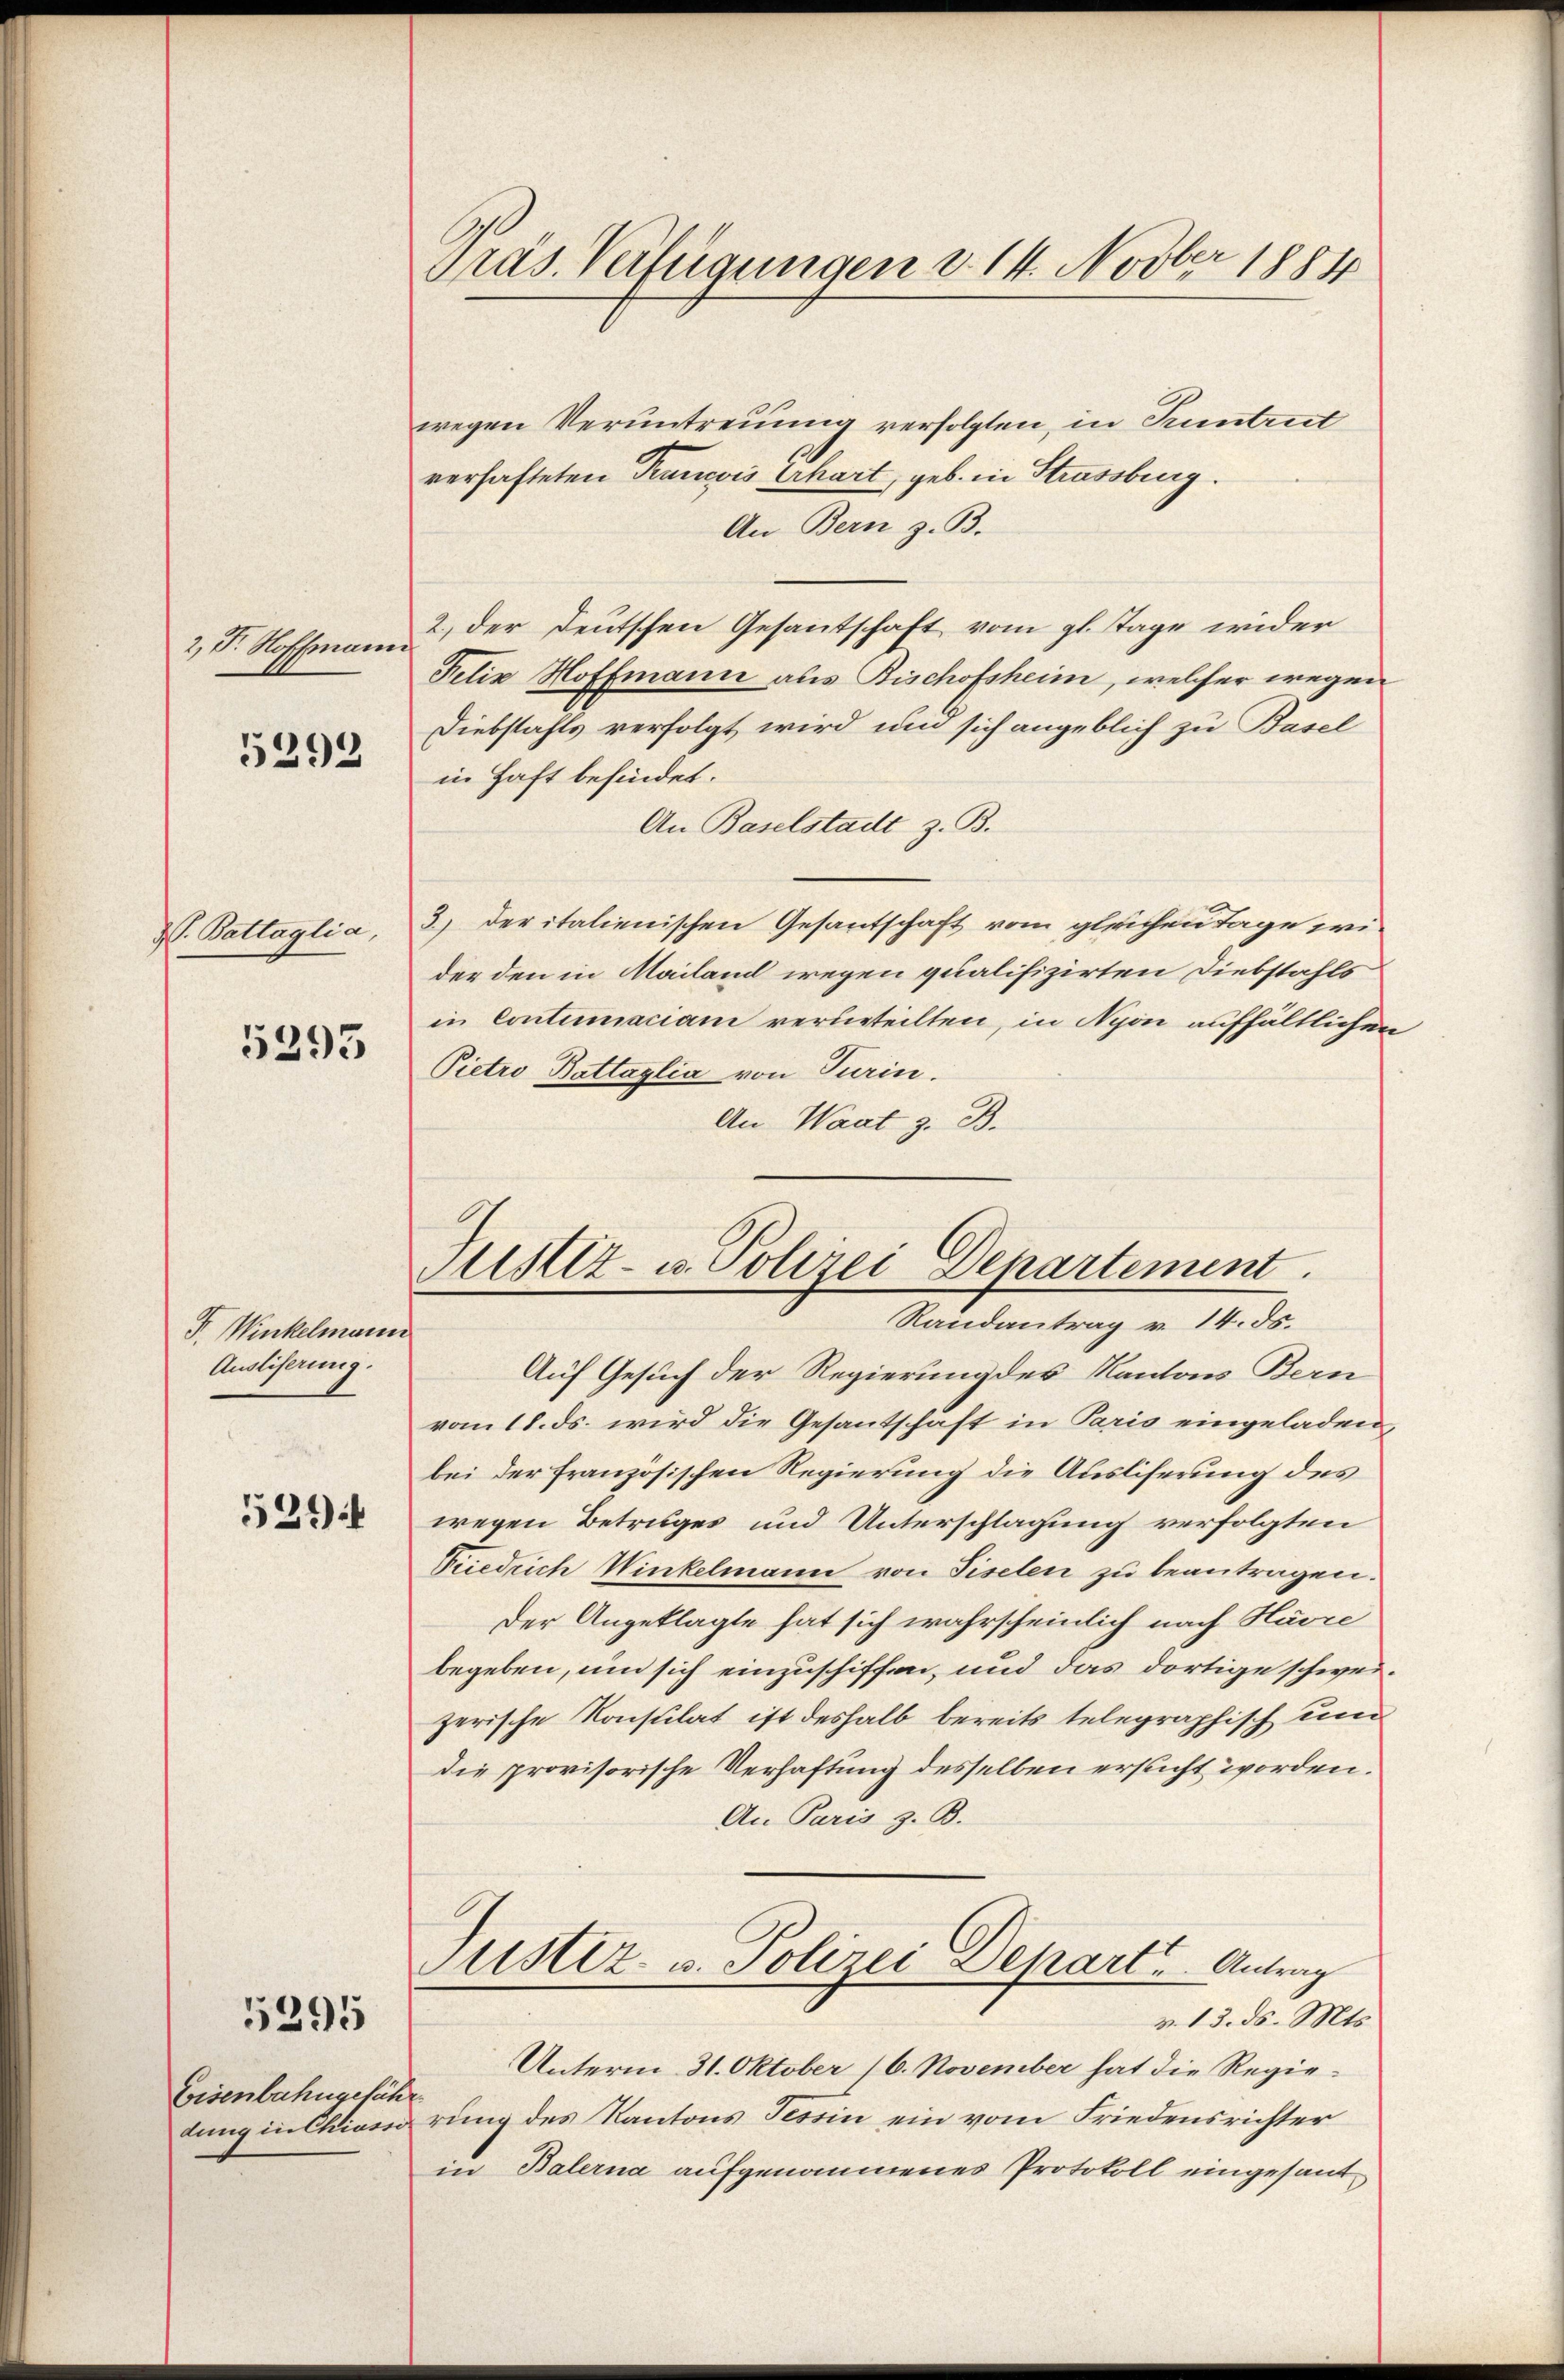
2, Dr. Hoffmann

5293

V. Battaglia,

5295

F. Winkelmann
Ausliserung.

529.

5295

Eisenbahngesich
dung in Chiasse

Gräs. Verfügungen d. 14. Novber 1884

Justiz- u. Polizei Departement
Randantrag v. 14. ds.

wegen Veruntreuung verfolgten, in Truntrut
verhafteten Krancois Erhart, geb. in Strassburg.
An Bern z. B.
2.) der Deutschen Gesantschaft vom gl. Tage wider
Felix Hoffmann aus Bischofsheim, welcher wegen
Diebstahls verfolgt wird und sich angeblich zu Basel
in Haft befindet.
An Baselstadt z. B.
3) Der italienischen Gesantschaft vom gleichen Tage prider den in Mailand wegen qualifizirten Diebstahls
in Contumaciam verurteilten, in Nyon aufhältlichen
Pietro Battaglia von Turin.
An Waat z. B.

Auf Gesuch der Regierung des Kantons Bern
vom 18. ds. wird die Gesantschaft in Paris eingeladen,
bei der französischen Regierung die Ausliserung des
wegen Betruges und Unterschlagung verfolgten
Friedrich Winkelmann von Tiselen zu beantragen.
Der Angeklagte hat sich wahrscheinlich nach Havre
begeben, um sich einzuschiffen, und das dortige schweizerische Konsulat ist deshalb bereits telegraphisch und
die provisorische Verhaftung desselben ersucht worden.
An Paris z. B.
Justiz- u. Polizei Depart. Antrag
v. 13. ds. Mts.
Unterm 31. Oktober 16. November hat die Regierung des Kantons Tessin ein vom Friedensrichter
in Balerna aufgenommenes Protokoll eingesand¬